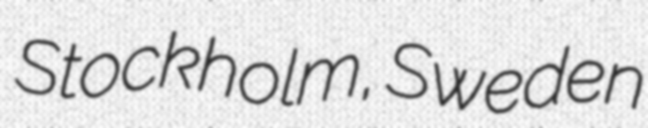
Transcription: Stockholm, Sweden